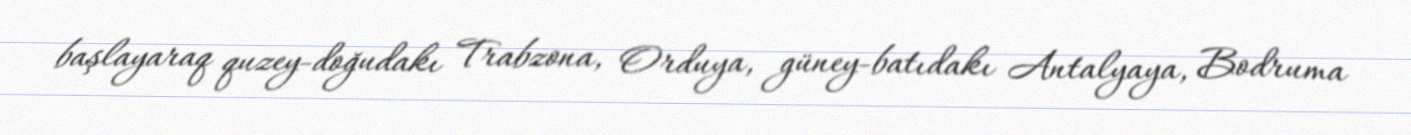
başlayaraq quzey-doğudakı Trabzona, Orduya, güney-batıdakı Antalyaya, Bodruma